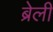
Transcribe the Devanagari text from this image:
ब्रेली